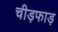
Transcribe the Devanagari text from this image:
चीड़फाड़